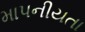
માપનીયતા